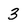
Character: 3